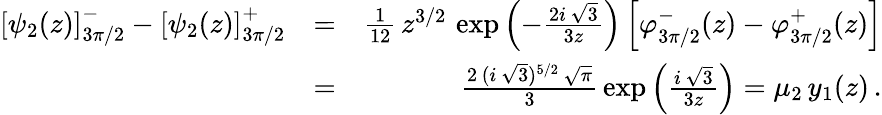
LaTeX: \begin{array}{rlr}{\left[\psi_{2}(z)\right]_{3\pi/2}^{-}-\left[\psi_{2}(z)\right]_{3\pi/2}^{+}}&{=}&{\frac{1}{12}\, z^{3/2}\, \exp\left(-\frac{2i\, \sqrt{3}}{3z}\right)\left[\varphi_{3\pi/2}^{-}(z)-\varphi_{3\pi/2}^{+}(z)\right]}\\ &{=}&{\frac{2\, (i\, \sqrt{3})^{5/2}\, \sqrt{\pi}}{3}\, \exp\left(\frac{i\, \sqrt{3}}{3z}\right)=\mu_{2}\, y_{1}(z)\, .}\end{array}